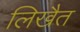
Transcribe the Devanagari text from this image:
लिखैत